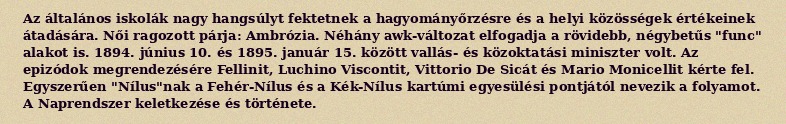
Az általános iskolák nagy hangsúlyt fektetnek a hagyományőrzésre és a helyi közösségek értékeinek átadására. Női ragozott párja: Ambrózia. Néhány awk-változat elfogadja a rövidebb, négybetűs "func" alakot is. 1894. június 10. és 1895. január 15. között vallás- és közoktatási miniszter volt. Az epizódok megrendezésére Fellinit, Luchino Viscontit, Vittorio De Sicát és Mario Monicellit kérte fel. Egyszerűen "Nílus"nak a Fehér-Nílus és a Kék-Nílus kartúmi egyesülési pontjától nevezik a folyamot. A Naprendszer keletkezése és története.